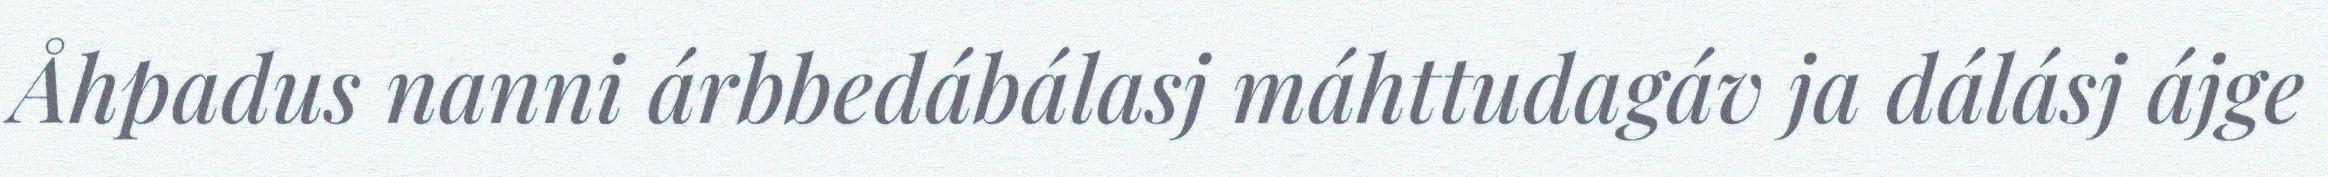
Åhpadus nanni árbbedábálasj máhttudagáv ja dálásj ájge